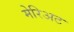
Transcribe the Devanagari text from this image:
मेरिअट